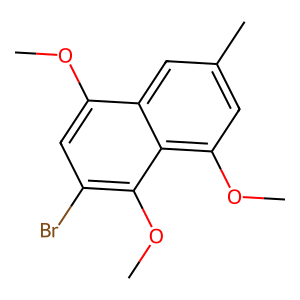
SMILES: COc1cc(Br)c(OC)c2c(OC)cc(C)cc12
Inhibits HIV replication: No